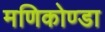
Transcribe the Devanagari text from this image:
मणिकोण्डा